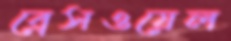
ব্রেসওয়েল